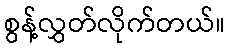
စွန့်လွှတ်လိုက်တယ်။